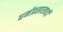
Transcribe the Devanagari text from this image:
धर्मप्रसारवादी